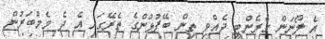
އެ ލޯނަން ގެރެންޓީ ދެއްވި ތިން ބޭފުޅުންގެ ތެރޭގައި އެ ދެ މެމްބަރުން